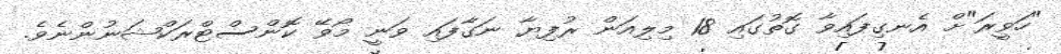
"ހަވީރަ"ށް އެނގިފައިވާ ގޮތުގައި 18 މިލިއަން ރުފިޔާ ނަގާފައި ވަނީ މޯވޭ ކޮންސްޓްރަކްޝަނުންނެވެ.